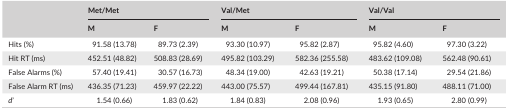
<table><thead><tr><td rowspan="2"></td><td colspan="2"><b>Met/Met</b></td><td colspan="2"><b>Val/Met</b></td><td colspan="2"><b>Val/Val</b></td></tr><tr><td><b>M</b></td><td><b>F</b></td><td><b>M</b></td><td><b>F</b></td><td><b>M</b></td><td><b>F</b></td></tr></thead><tbody><tr><td>Hits (%)</td><td>91.58 (13.78)</td><td>89.73 (2.39)</td><td>93.30 (10.97)</td><td>95.82 (2.87)</td><td>95.82 (4.60)</td><td>97.30 (3.22)</td></tr><tr><td>Hit RT (ms)</td><td>452.51 (48.82)</td><td>508.83 (28.69)</td><td>495.82 (103.29)</td><td>582.36 (255.58)</td><td>483.62 (109.08)</td><td>562.48 (90.61)</td></tr><tr><td>False Alarms (%)</td><td>57.40 (19.41)</td><td>30.57 (16.73)</td><td>48.34 (19.00)</td><td>42.63 (19.21)</td><td>50.38 (17.14)</td><td>29.54 (21.86)</td></tr><tr><td>False Alarm RT (ms)</td><td>436.35 (71.23)</td><td>459.97 (22.22)</td><td>443.00 (75.57)</td><td>499.44 (167.81)</td><td>435.15 (91.80)</td><td>488.11 (71.00)</td></tr><tr><td><i>d</i>&#x27;</td><td>1.54 (0.66)</td><td>1.83 (0.62)</td><td>1.84 (0.83)</td><td>2.08 (0.96)</td><td>1.93 (0.65)</td><td>2.80 (0.99)</td></tr></tbody></table>